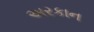
અરકાન